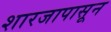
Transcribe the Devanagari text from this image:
शारजापासून